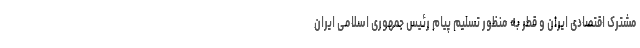
مشترک اقتصادی ایران و قطر به منظور تسلیم پیام رئیس جمهوری اسلامی ایران